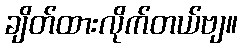
ချိတ်ထားလိုက်တယ်ဗျ။